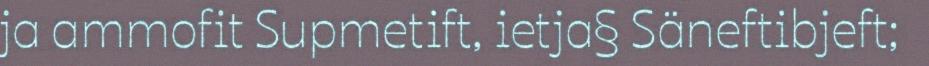
ja ammofit Supmetift, ietja§ Säneftibjeft;